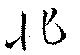
非